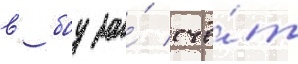
в боу за́ счё́т